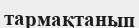
тармақтанып